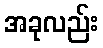
အခုလည်း